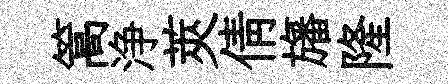
篙浄莢倩旛隆